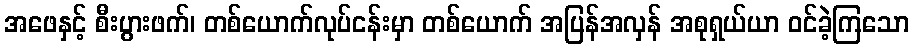
အဖေနှင့် စီးပွားဖက်၊ တစ်ယောက်လုပ်ငန်းမှာ တစ်ယောက် အပြန်အလှန် အစုရှယ်ယာ ဝင်ခဲ့ကြသော